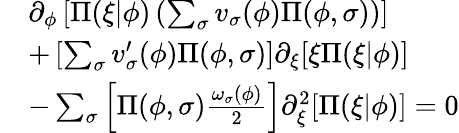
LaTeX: \begin{array}{rl}&{\partial_{\phi}\left[\Pi(\xi\vert\phi)\left(\sum_{\sigma}v_{\sigma}(\phi)\Pi(\phi,\sigma)\right)\right]}\\ &{+\left[\sum_{\sigma}v_{\sigma}^{\prime}(\phi)\Pi(\phi,\sigma)\right]\partial_{\xi}[\xi\Pi(\xi\vert\phi)]}\\ &{-\sum_{\sigma}\left[\Pi(\phi,\sigma)\frac{\omega_{\sigma}(\phi)}{2}\right]\partial_{\xi}^{2}[\Pi(\xi\vert\phi)]=0}\end{array}